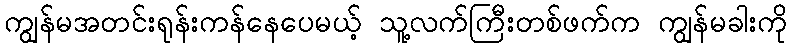
ကျွန်မအတင်းရုန်းကန်နေပေမယ့် သူ့လက်ကြီးတစ်ဖက်က ကျွန်မခါးကို